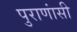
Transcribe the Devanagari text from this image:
पुराणांसी